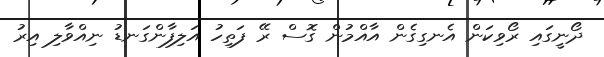
ދޯނީގައި ރޯވިކަން އެނގިގެން އާއްމުން ގޮސް ރޭ ފަތިހު އަލިފާންގަނޑު ނިއްވާލި އިރު